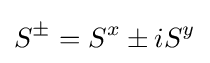
S^{\pm }=S^{x}\pm iS^{y}